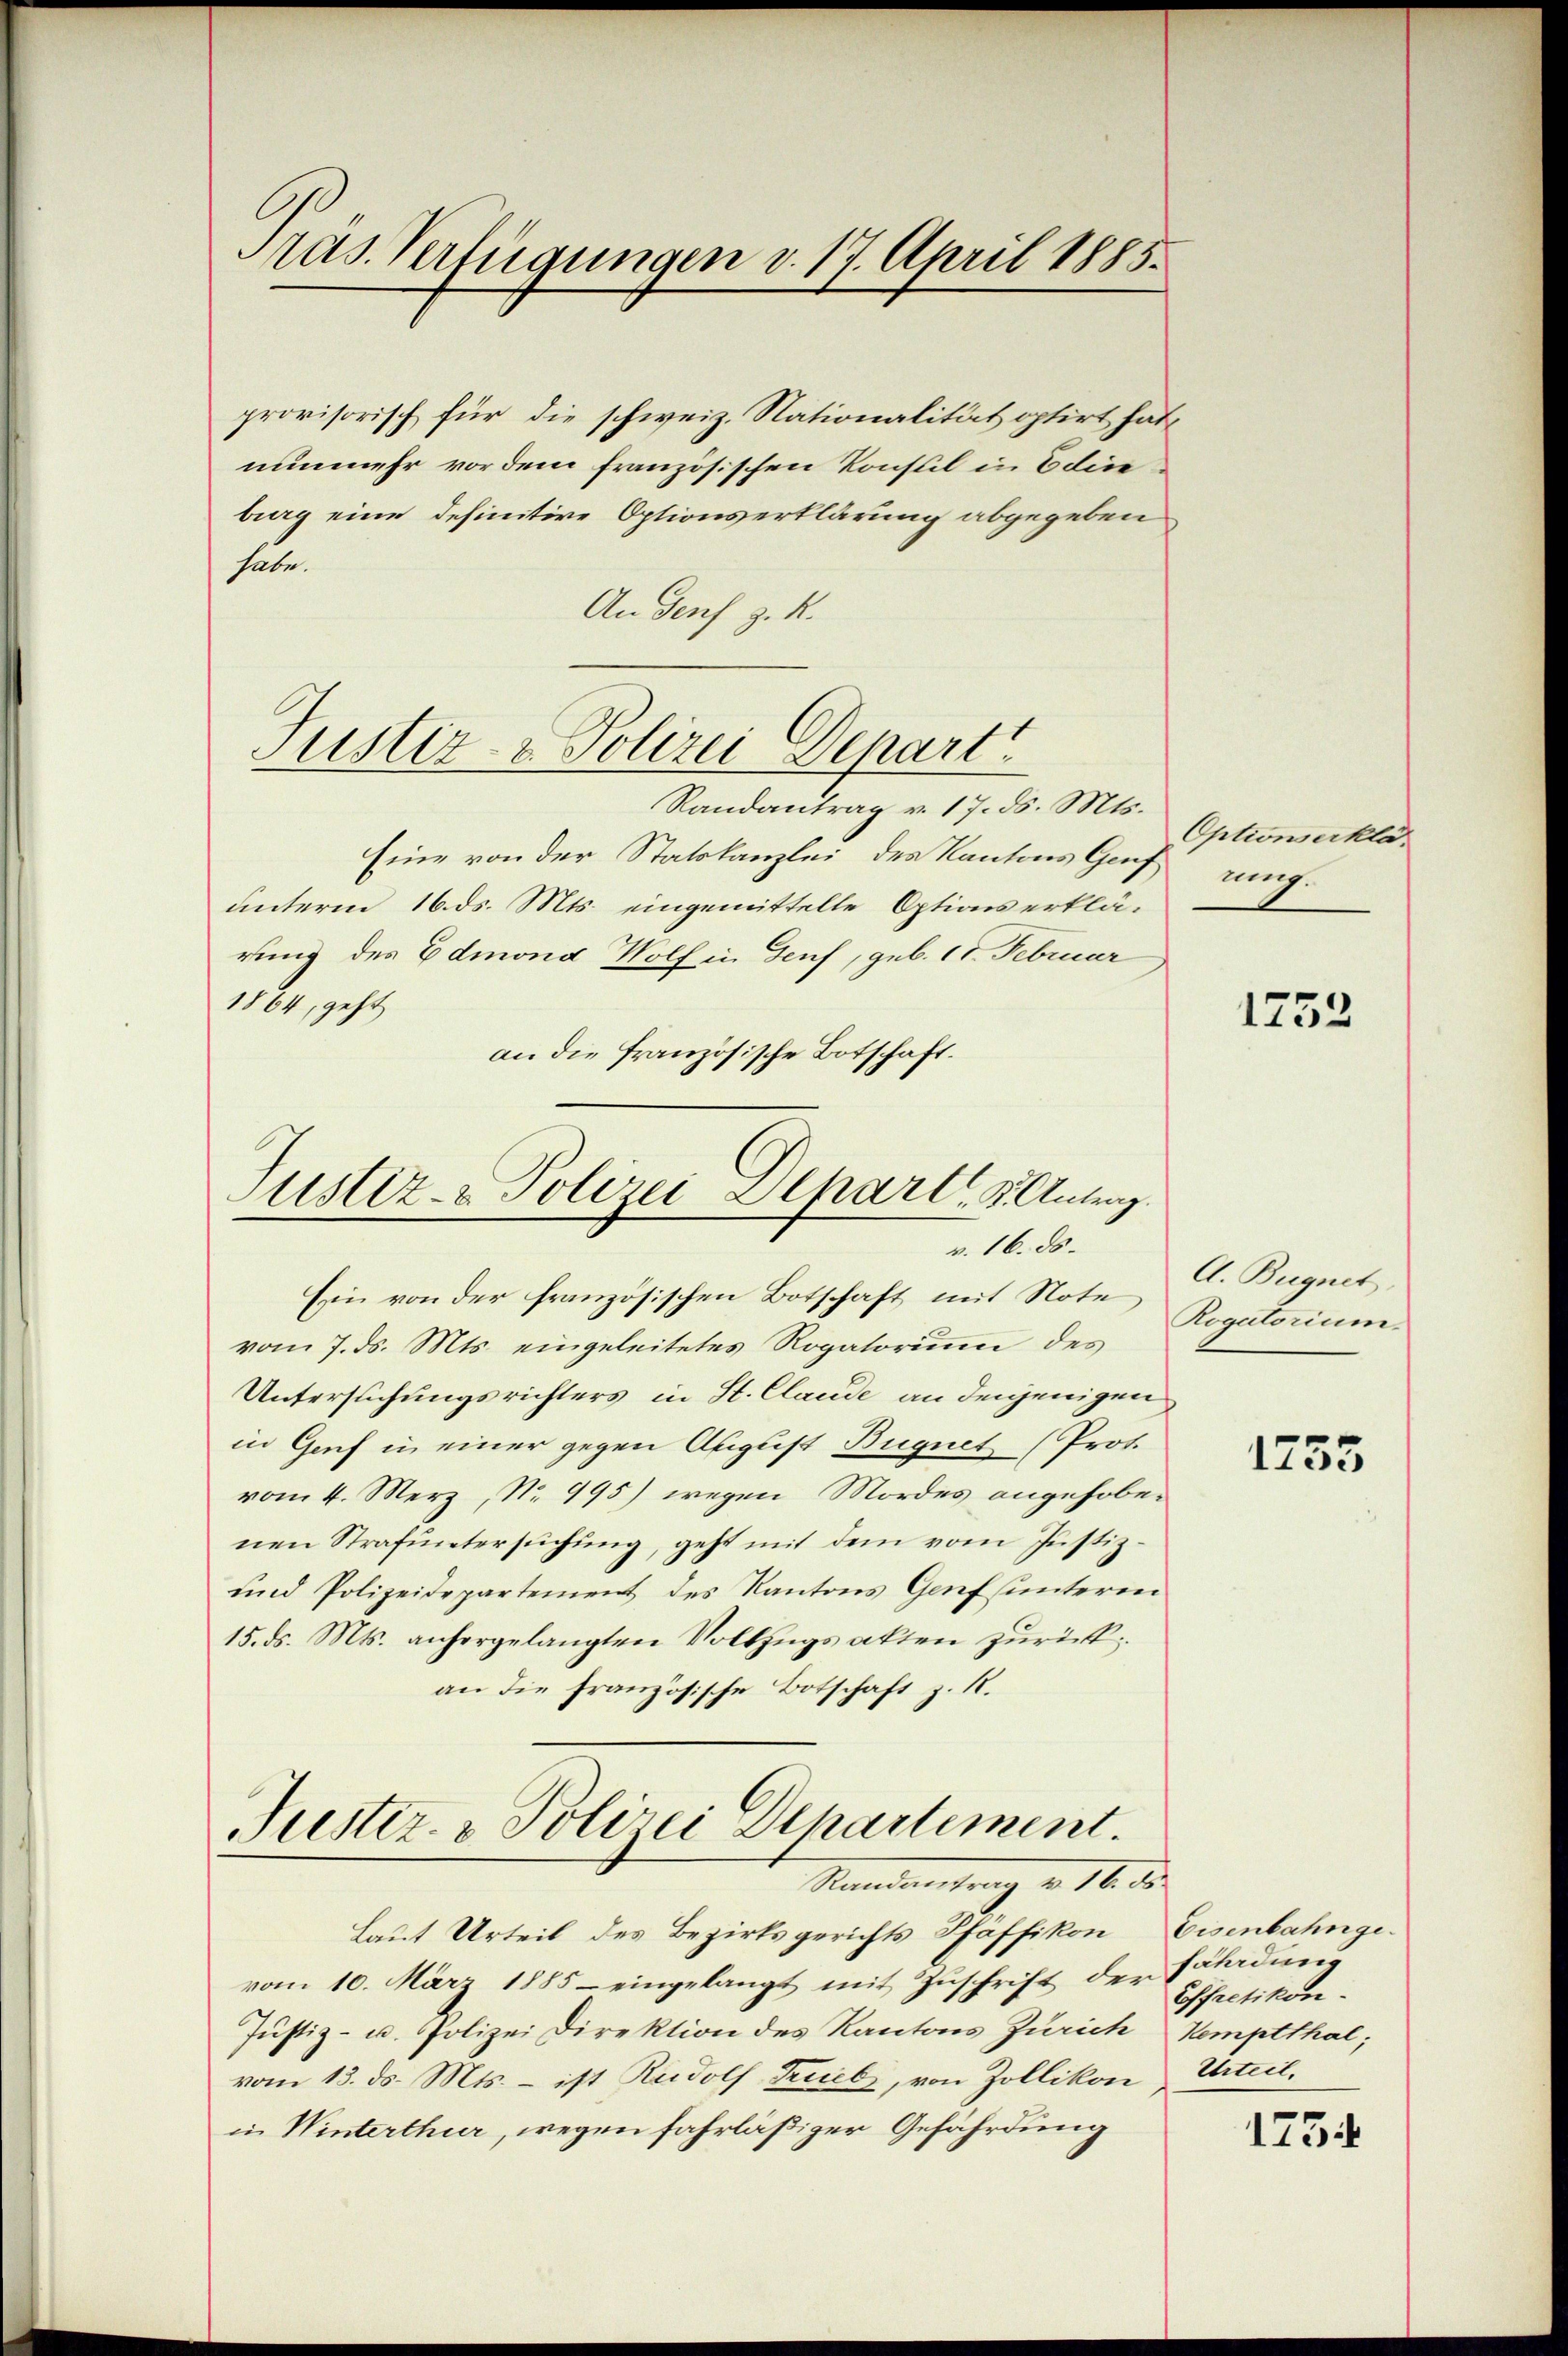
ras. Verfügungen v. 17. April 1885.

provisorisch für die schweiz. Nationalität optirt hat,
nunmehr vor dem französischen Konsul in Edin
burg eine definitive Optionserklärung abgegeben
habe.
An Genf z. R.

Justiz- & Polizei Depart

Randantrag v. 17. d. Mts.
Eine von der Statskanzlei des Kantons Genf rung.
unterm 16. ds. Mts. eingemittelte Options erklärung des Edmond Wolf in Genf, geb. 18. Februar
1864, geht
an die französische Botschaft.

Justiz- & Polizei Depart, u. Antrag.
v. 16. ds.

Ein von der französischen Botschaft mit Note
vom 7. ds. Mts. eingeleitetes Rogatorium des
Untersuchungsrichters in St. Claude an denjenigen
in Genf in einer gegen August Bugnet (Prot.
vom 4. Merz, No 995) wegen Mordes angehobenen Strafuntersuchung, geht mit dem vom Justiz-
und Polizeidepartement des Kantons Genf (unteren
15. ds. Mts. anhergelangten Vollzugsakten zurückan die französische Botschaft z. R.

Justiz- & Polizei Departement.
Standentrag v. M. de

Laut Urteil des Bezirksgerichts Pfäffikon, Eisenbahngevom 10. März 1885 - eingelangt mit Zŭschrift der Erladung
Justiz- u. Polizei Direktion des Kantons Zürich Kemptthal;
vom 13. ds. Mts. – ist Rudolf Trieb, von Zollikon Urteil,
in Winterthur, wegen fahrläßiger Gefährdung

Optionserklä¬

1752

A. Bugnet,
Rogatorium

1733

Effretikon.

1754